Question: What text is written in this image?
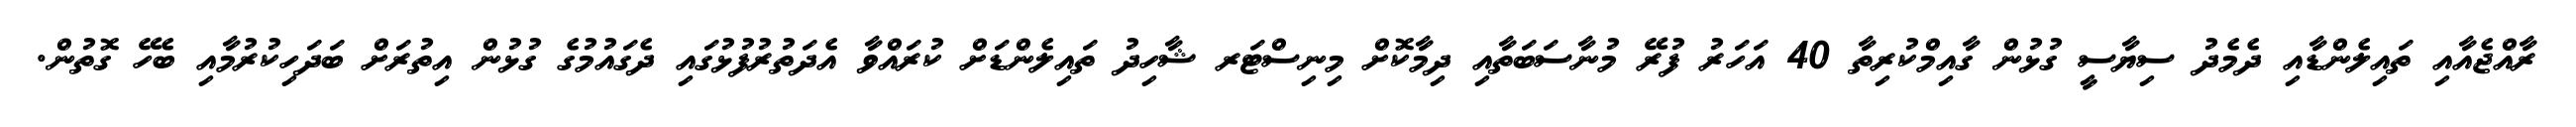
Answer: ރާއްޖެއާއި ތައިލެންޑާއި ދެމެދު ސިޔާސީ ގުޅުން ގާއިމްކުރިތާ 40 އަހަރު ފުރޭ މުނާސަބަތާއި ދިމާކޮށް މިނިސްޓަރ ޝާހިދު ތައިލެންޑަށް ކުރައްވާ އެދަތުރުފުޅުގައި ދެގައުމުގެ ގުޅުން އިތުރަށް ބަދަހިކުރުމާއި ބެހޭ ގޮތުން.